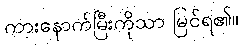
ကားနောက်မြီးကိုသာ မြင်ရ၏။